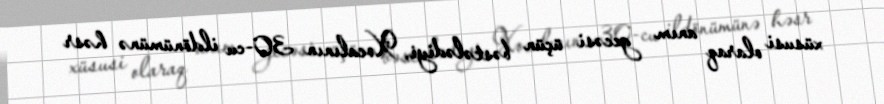
xüsusi olaraq anım gecəsi üçün bəstələdiyi, Xocalının 30-cu ildönümünə həsr